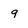
Character: 9